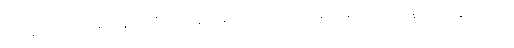
သူဌေးသားသည် ရဟန်းပြုလိုလှသဖြင့် အမိအဘတို့အား မရ အရ တောင်းပန်၍ ရဟန်းပြုသော်